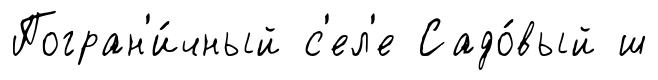
Погран'и́чный с'ел'е Садо́вый ш